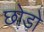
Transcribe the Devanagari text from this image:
छो़ड़ो